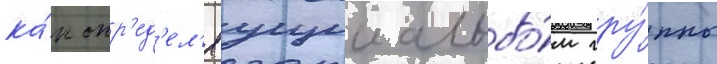
ка́к опр'ед'ел'яущии альбо́м гру́ппы